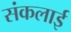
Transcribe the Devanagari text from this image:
संकलाई